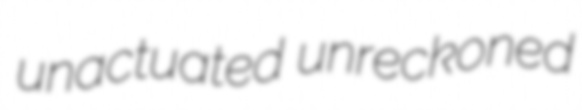
unactuated unreckoned